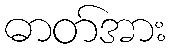
ဓာတ်အား